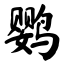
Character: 鹦